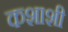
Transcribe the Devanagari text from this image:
कशाशी